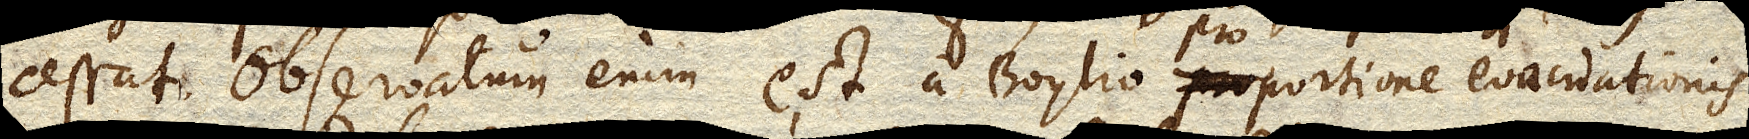
cessat. Observatum enim est a Boylio proportione evacuationis